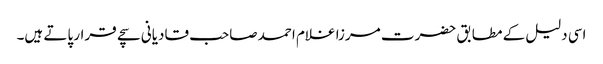
اسی دلیل کے مطابق حضرت مرزا غلام احمد صاحب قادیانی سچے قرار پاتے ہیں۔